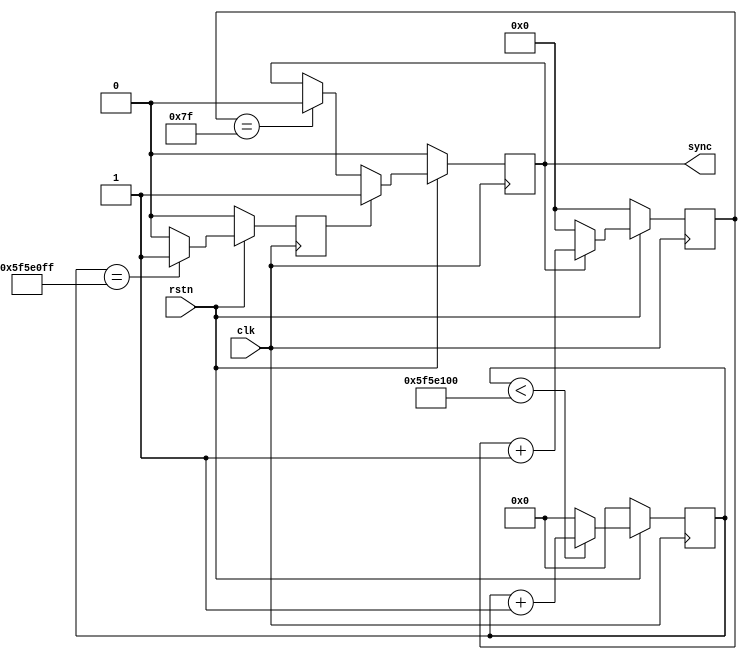
module ad_tdd_sync (

  clk,                                           // system clock (100 Mhz)
  rstn,

  sync                                           // re-synchronization signal
);

  localparam      PULSE_CNTR_WIDTH  = 7;
  parameter       TDD_SYNC_PERIOD   = 100000000; // t_period * clk_freq - 1

  input           clk;
  input           rstn;
  output          sync;

  // internal registers

  reg     [(PULSE_CNTR_WIDTH-1):0]  pulse_counter   =  {PULSE_CNTR_WIDTH{1'b1}};
  reg     [31:0]                    sync_counter    = 32'h0;
  reg                               sync_pulse      =  1'b0;
  reg                               sync_period_eof =  1'b0;

  assign sync = sync_pulse;

  // a free running sync pulse generator

  always @(posedge clk) begin
    if (rstn == 1'b0) begin
      sync_counter <= 32'h0;
      sync_period_eof <= 1'b0;
    end else begin
      sync_counter <= (sync_counter < TDD_SYNC_PERIOD) ? (sync_counter + 1) : 32'b0;
      sync_period_eof <= (sync_counter == (TDD_SYNC_PERIOD - 1)) ? 1'b1 : 1'b0;
    end
  end

  // generate pulse with a specified width

  always @(posedge clk) begin
    if (rstn == 1'b0) begin
      pulse_counter <= 0;
      sync_pulse <= 0;
    end else begin
      pulse_counter <= (sync_pulse == 1'b1) ? pulse_counter + 1 : {PULSE_CNTR_WIDTH{1'h0}};
      if(sync_period_eof == 1'b1) begin
        sync_pulse <= 1'b1;
      end else if(pulse_counter == {PULSE_CNTR_WIDTH{1'b1}}) begin
        sync_pulse <= 1'b0;
      end
    end
  end

endmodule